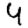
Digit: 4